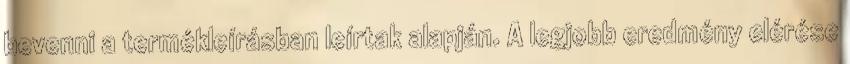
bevenni a termékleírásban leírtak alapján. A legjobb eredmény elérése